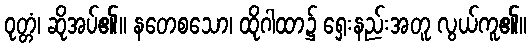
ဝုတ္တံ၊ ဆိုအပ်၏။ နတေစသော၊ ထိုဂါထာ၌ ရှေးနည်းအတူ လွယ်ကူ၏။